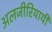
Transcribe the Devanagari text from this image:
अलजीरियायी